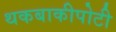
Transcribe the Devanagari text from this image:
थकबाकीपोटी